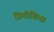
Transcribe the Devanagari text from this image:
प्रिमीतिव्स